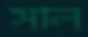
সাল